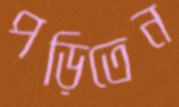
পড়িতেন